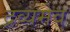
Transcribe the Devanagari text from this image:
द्रव्यमेव